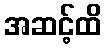
အဆင့်ထိ